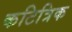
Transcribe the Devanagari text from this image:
कटित्रिक